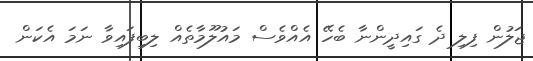
ޖަލުން ފިލި ދެ ގައިދީންނާ ބެހޭ އެއްވެސް މައުލޫމާތެއް ލިބިފައިވާ ނަމަ އެކަން